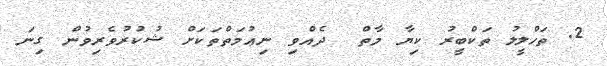
2. ތަހްލީލު ތަކްބީރު ކިޔާ މާތް  ދެއްވި ނިޢުމަތްތަކަށް ޝުކުރުވެރިވުން ގިނަ